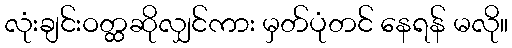
လုံးချင်းဝတ္ထဆိုလျှင်ကား မှတ်ပုံတင် နေရန် မလို။